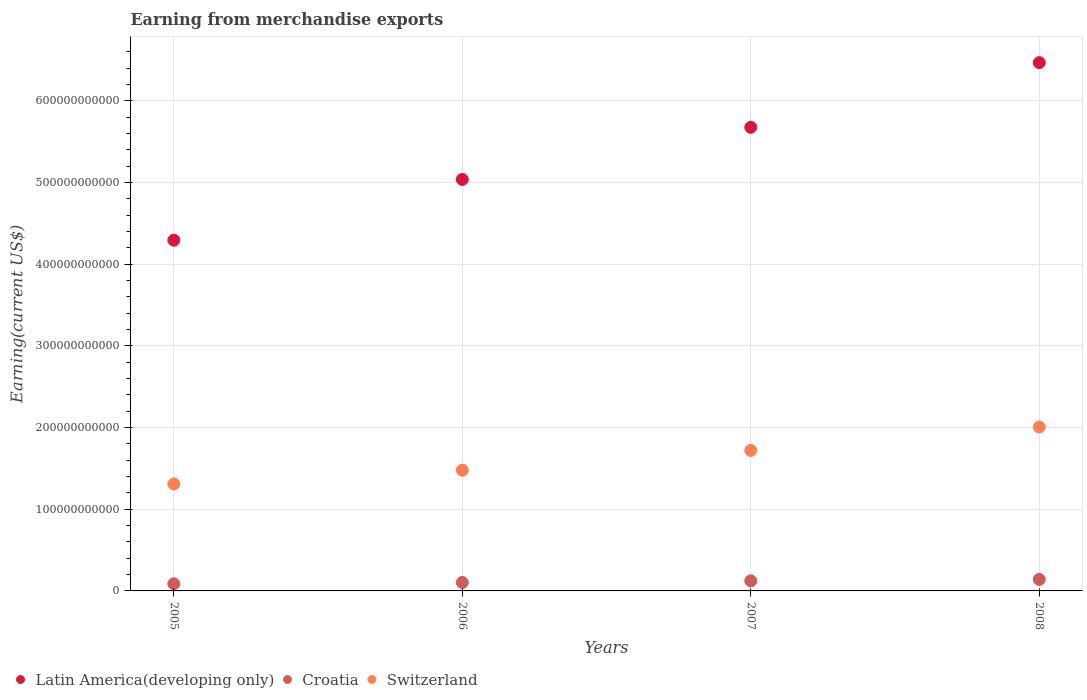
| Years | Latin America(developing only) | Croatia | Switzerland |
 | --- | --- | --- | --- |
 | 2005 | 4.29e+11 | 8.8e+09 | 1.31e+11 |
 | 2006 | 5.04e+11 | 1.04e+10 | 1.48e+11 |
 | 2007 | 5.68e+11 | 1.23e+10 | 1.72e+11 |
 | 2008 | 6.47e+11 | 1.41e+10 | 2.01e+11 |